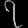
Digit: ၇